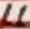
Text: 11